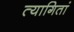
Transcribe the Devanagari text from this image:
त्यागितां